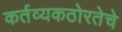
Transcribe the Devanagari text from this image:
कर्तव्यकठोरतेचे